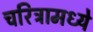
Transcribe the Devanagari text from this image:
चरित्रामध्ये